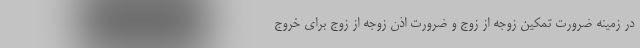
در زمینه ضرورت تمکین زوجه از زوج و ضرورت اذن زوجه از زوج برای خروج